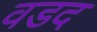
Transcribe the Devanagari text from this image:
वडद